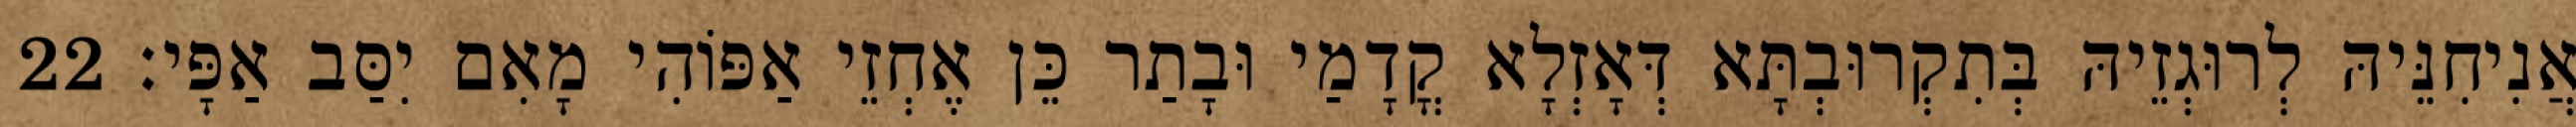
אֲנִיחִנֵּיהּ לְרוּגְזֵיהּ בְּתִקְרוּבְתָּא דְּאָזְלָא קֳדָמַי וּבָתַר כֵּן אֶחְזֵי אַפּוֹהִי מָאִם יִסַּב אַפָּי׃ 22